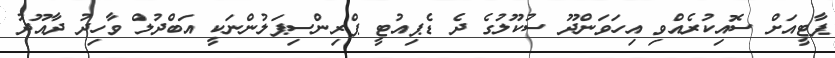
ޕާޓީއަށް ސޮއިކުރެއްވި އިހަވަންދޫ ސުކޫލުގެ ދެ ޑެޕިއުޓީ ޕްރިންސިޕަލުންނަކީ އަބްދުލް ވާހިދު ދާއޫދު